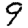
Digit: 9